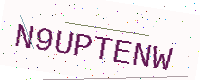
Text: N9UPTENW